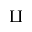
\amalg